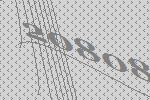
20808